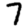
Digit: 7